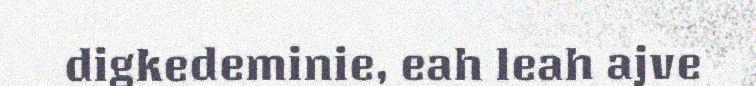
digkedeminie, eah leah ajve